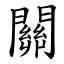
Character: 關